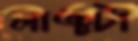
লাঞ্চটা